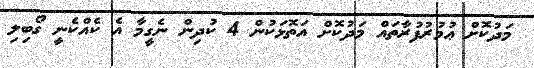
މަދުކޮށް ޢުމުރުފުރާތައް މަދުކޮށް އަތޮޅަކުން 4 ކުދިން ނެގީމާ އެ ކެއްކެނީ ގޯބިލި